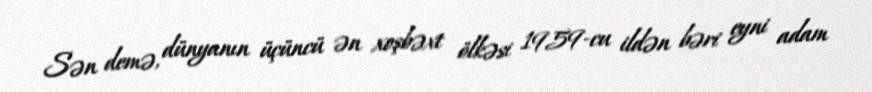
Sən demə, dünyanın üçüncü ən xoşbəxt ölkəsi 1959-cu ildən bəri eyni adam